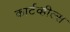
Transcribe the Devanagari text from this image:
कार्टव्हील्स